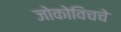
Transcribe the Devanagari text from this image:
जोकोविचचे